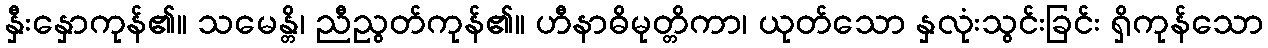
နှီးနှောကုန်၏။ သမေန္တိ၊ ညီညွတ်ကုန်၏။ ဟီနာဓိမုတ္တိကာ၊ ယုတ်သော နှလုံးသွင်းခြင်း ရှိကုန်သော